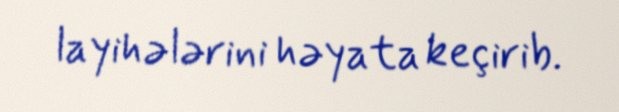
layihələrini həyata keçirib.